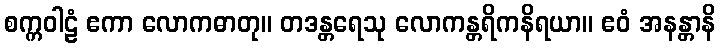
စက္ကဝါဠံ ဧကာ လောကဓာတု။ တဒန္တရေသု လောကန္တရိကနိရယာ။ ဧဝံ အနန္တာနိ